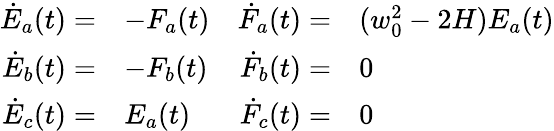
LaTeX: \begin{array}{rlrl}{\dot{E}_{a}(t)=}&{-F_{a}(t)}&{\dot{F}_{a}(t)=}&{(w_{0}^{2}-2H)E_{a}(t)}\\ {\dot{E}_{b}(t)=}&{-F_{b}(t)}&{\dot{F}_{b}(t)=}&{0}\\ {\dot{E}_{c}(t)=}&{E_{a}(t)}&{\dot{F}_{c}(t)=}&{0}\end{array}